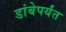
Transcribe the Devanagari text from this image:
डांबेपर्यंत